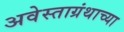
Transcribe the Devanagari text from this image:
अवेस्ताग्रंथाच्या